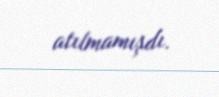
atılmamışdı.